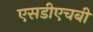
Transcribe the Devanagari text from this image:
एसडीएचबी